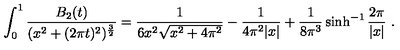
\int _ { 0 } ^ { 1 } { \frac { B _ { 2 } ( t ) } { ( x ^ { 2 } + ( 2 \pi t ) ^ { 2 } ) ^ { { \frac { 3 } { 2 } } } } } = { \frac { 1 } { 6 x ^ { 2 } \sqrt { x ^ { 2 } + 4 \pi ^ { 2 } } } } - { \frac { 1 } { 4 \pi ^ { 2 } | x | } } + { \frac { 1 } { 8 \pi ^ { 3 } } } \sinh ^ { - 1 } { \frac { 2 \pi } { | x | } } \ .